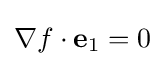
\nabla f\cdot \mathbf {e} _{1}=0